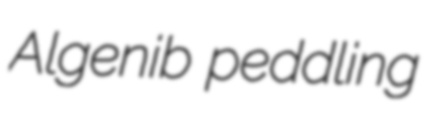
Algenib peddling